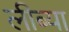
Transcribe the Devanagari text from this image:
लीब्या